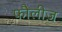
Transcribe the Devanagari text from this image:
फौलीज़